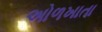
અોળખાતા